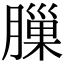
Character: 𦟳